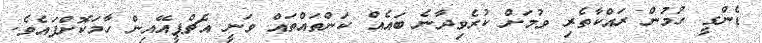
ޑެންގީ ހުމުން ރައްކާތެރި ވުމަށް ކުރެވިދާނެ ބައެއް ކަންތައްތައް ވަނީ އެޗްޕީއޭއިން ހާމަކޮށްފައެވެ.